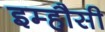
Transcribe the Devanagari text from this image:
इम्हौसी